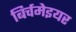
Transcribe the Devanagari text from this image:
बिर्चमेइयर